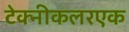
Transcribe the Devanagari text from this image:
टेक्नीकलरएक